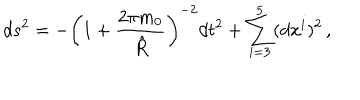
d s ^ { 2 } = - \left( 1 + { \frac { 2 \pi m _ { 0 } } { \hat { R } } } \right) ^ { - 2 } d t ^ { 2 } + \sum _ { i = 3 } ^ { 5 } ( d x ^ { i } ) ^ { 2 } \, ,